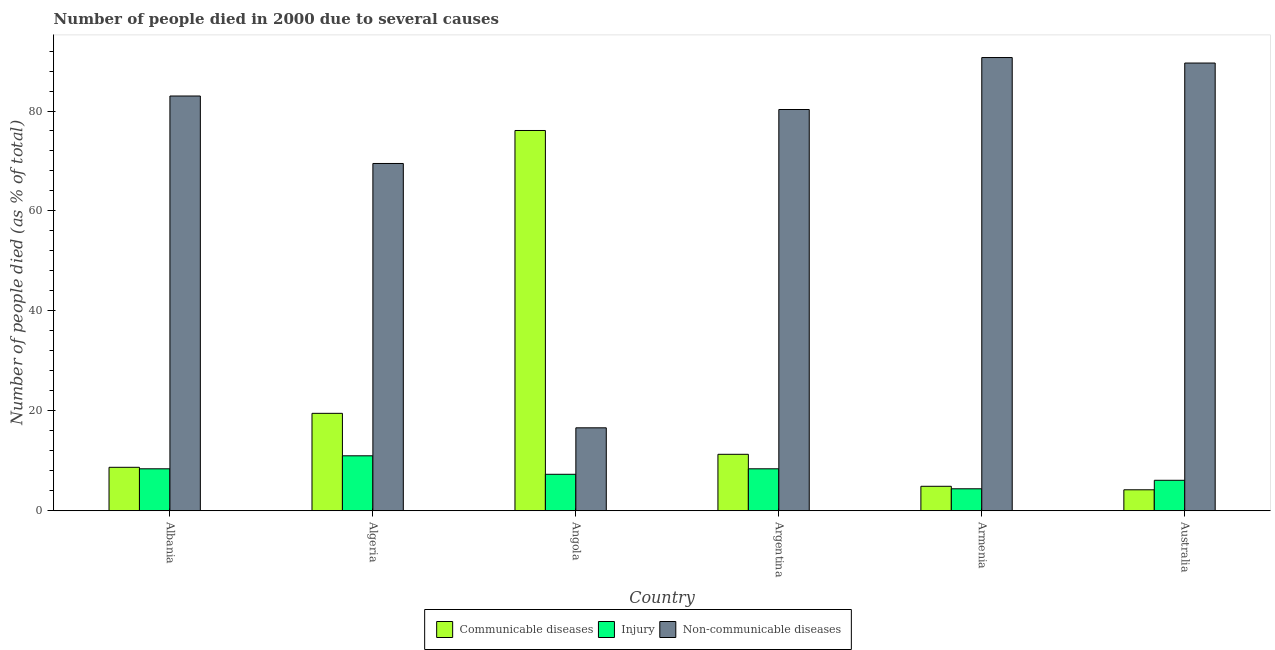
| Country | Communicable diseases | Injury | Non-communicable diseases |
 | --- | --- | --- | --- |
 | Albania | 8.7 | 8.4 | 83 |
 | Algeria | 19.5 | 11 | 69.5 |
 | Angola | 76.1 | 7.3 | 16.6 |
 | Argentina | 11.3 | 8.4 | 80.3 |
 | Armenia | 4.9 | 4.4 | 90.7 |
 | Australia | 4.2 | 6.1 | 89.6 |